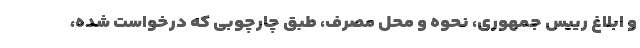
و ابلاغ رییس جمهوری، نحوه و محل مصرف، طبق چارچوبی که درخواست شده،